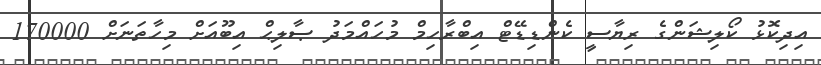
އިދިކޮޅު ކޯލިޝަންގެ ރިޔާސީ ކެންޑިޑޭޓް އިބްރާހިމް މުހައްމަދު ޞާލިޙް އިބޫއަށް މިހާތަނަށް 170000